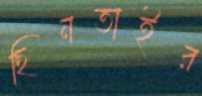
ছিনতাইর